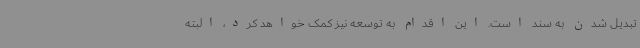
تبدیل شدن به سند است. این اقدام به توسعه نیز کمک خواهد کرد، البته